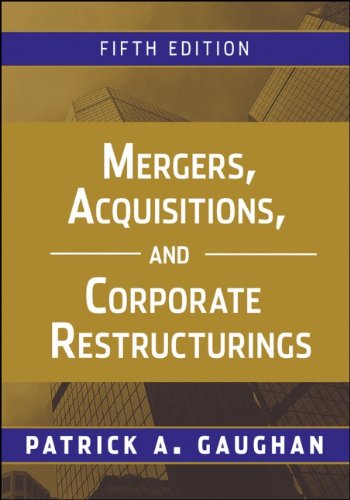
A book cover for Mergers, Acquisitions, and Corporate Restructurings; Patrick A. Gaughan; Business & Money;